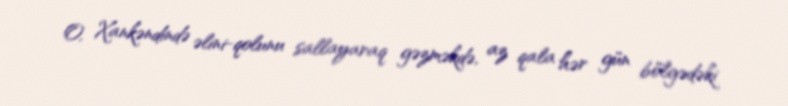
O, Xankəndində əlini-qolunu sallayaraq gəzməkdə, az qala hər gün bölgədəki